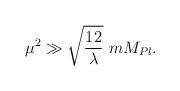
LaTeX: \begin{align*}\mu^2\gg \sqrt{\frac{12}{\lambda}}\ mM_{Pl}.\end{align*}